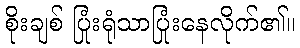
စိုးချစ် ပြုံးရုံသာပြုံးနေလိုက်၏။